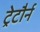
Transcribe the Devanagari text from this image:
ट्रेटौर्न